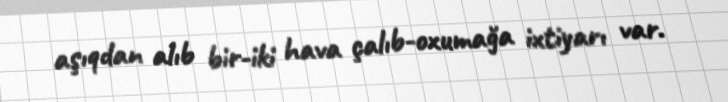
aşıqdan alıb bir-iki hava çalıb-oxumağa ixtiyarı var.